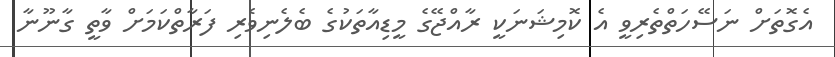
އެގޮތަށް ނަސޭހަތްތެރިވީ އެ ކޮމިޝަނަކީ ރާއްޖޭގެ މީޑިއާތަކުގެ ބެލެނިވެރި ފަރާތްކަމަށް ވާތީ ގާނޫނާ